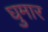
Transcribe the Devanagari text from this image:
घुमार